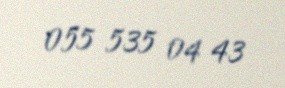
055 535 04 43